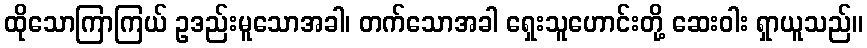
ထိုသောကြာကြယ် ဥဒည်းမူသောအခါ၊ တက်သောအခါ ရှေးသူဟောင်းတို့ ဆေးဝါး ရှာယူသည်။